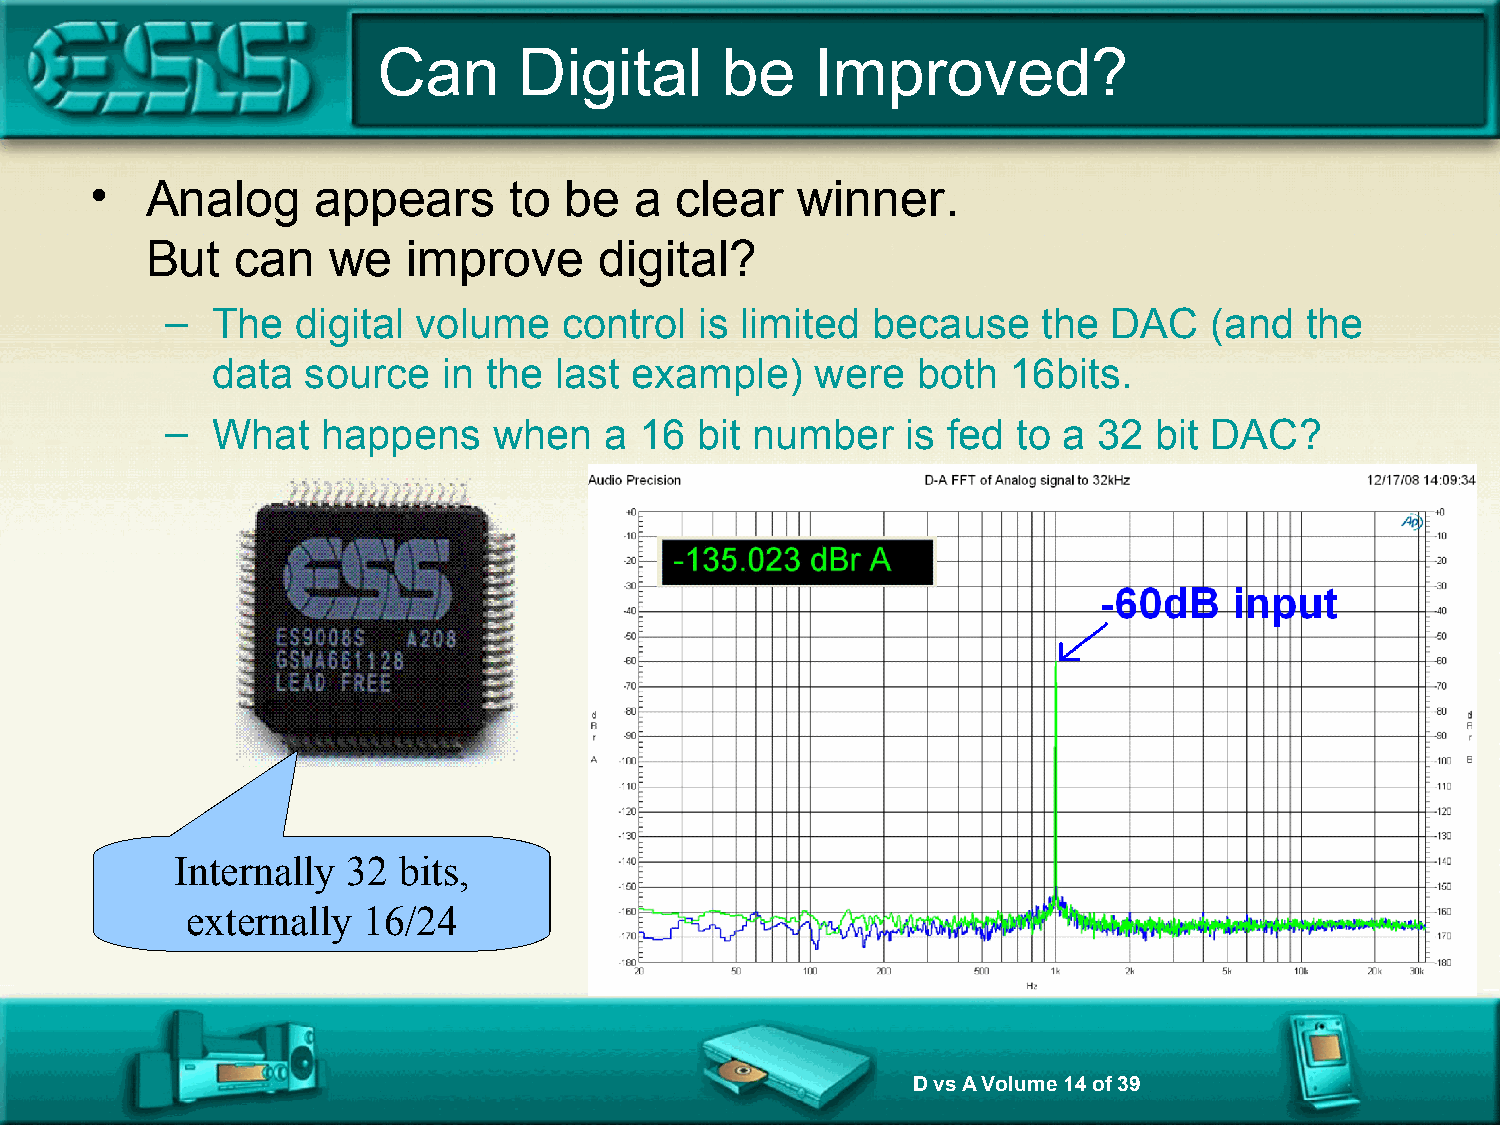
Can      Digital       be    Improved?
 •   Analog     appears      to be   a  clear   winner.
 But   can   we   improve      digital?
 –  The   digital volume   control  is limited  because    the  DAC   (and  the
 data  source   in the  last example)    were   both  16bits.
 –  What   happens     when   a 16  bit number    is fed to a  32 bit DAC?
 Internally 32 bits,
 externally  16/24
 D vs A Volume 14 of 39